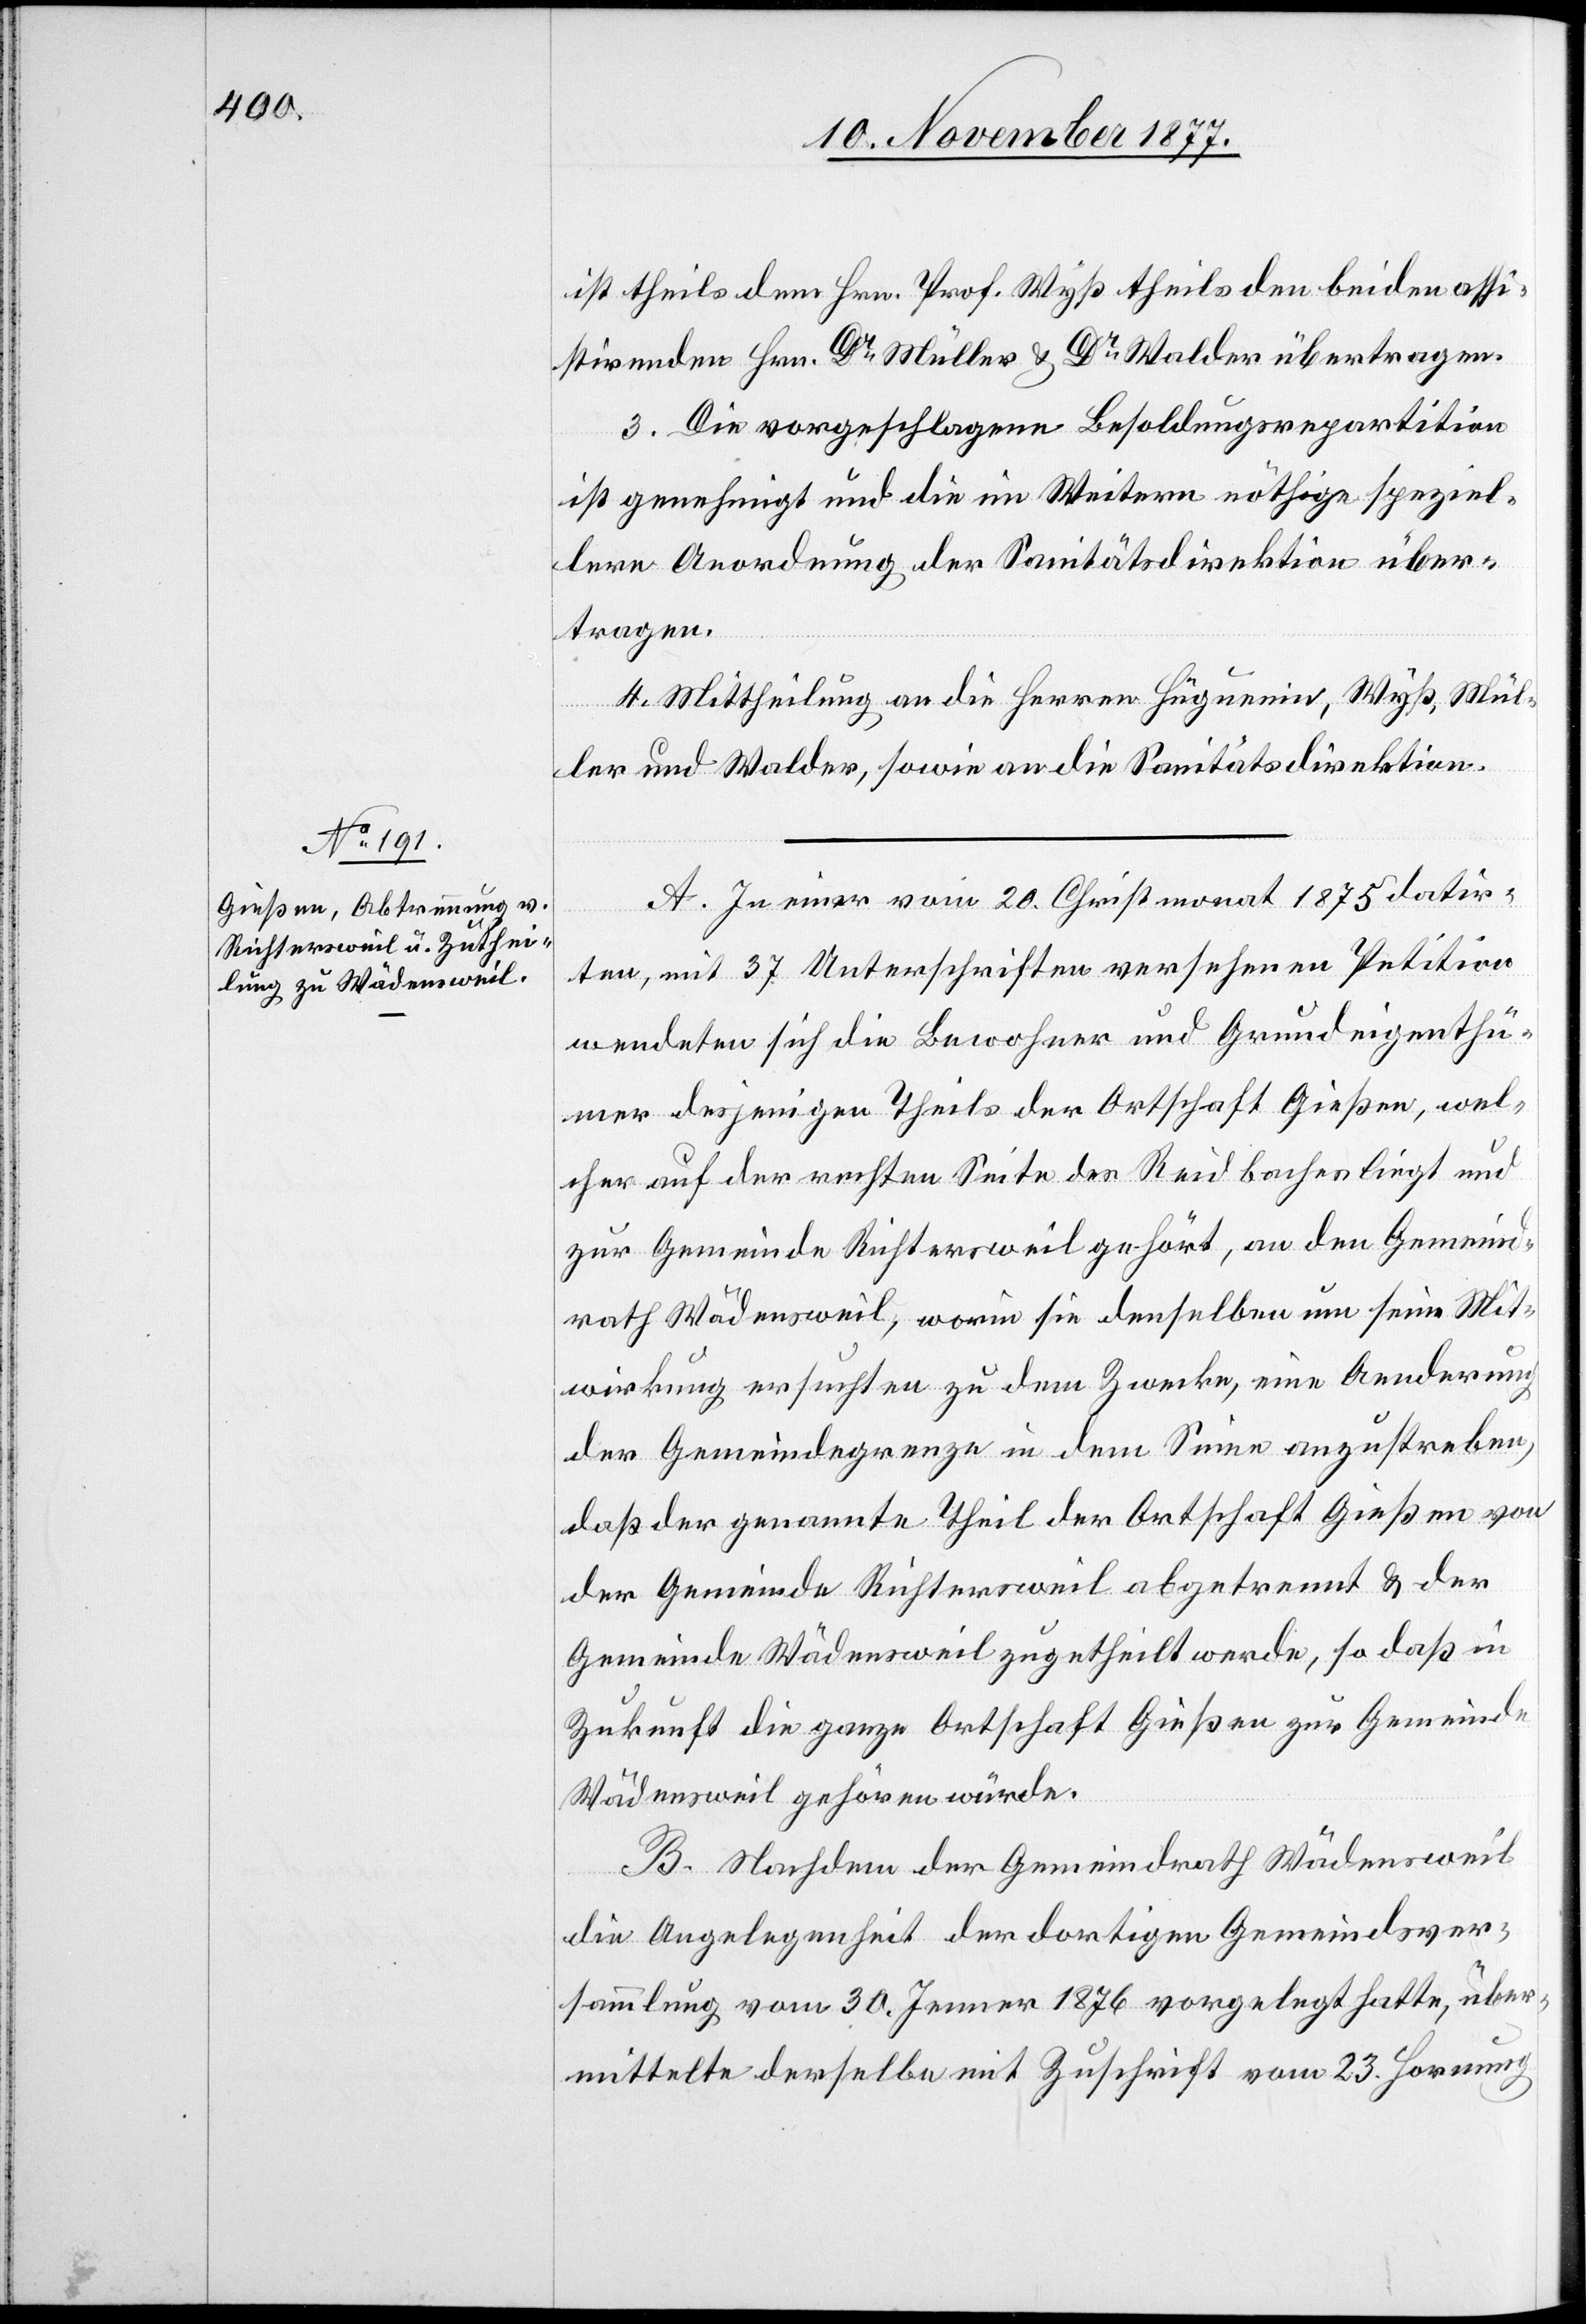
ist theils dem Hrn. Prof. Wyß theils den beiden assi¬
stirenden Hrn. Dr Müller & Dr Walder übertragen.
3. Die vorgeschlagene Besoldungsrepartition
ist genehmigt und die im Weitern nöthige speziel¬
lere Anordnung der Sanitätsdirektion über¬
tragen.
4. Mittheilung an die Herren Hüguenin, Wyß, Mül¬
ler und Walder, sowie an die Sanitätsdirektion.
A. In einer vom 20. Christmonat 1875 datir¬
ten, mit 37 Unterschriften versehenen Petition
wendeten sich die Bewohner und Grundeigenthü¬
mer desjenigen Theils der Ortschaft Gießen, wel¬
cher auf der rechten Seite des Reidbaches liegt und
zur Gemeinde Richtersweil gehört, an den Gemeind¬
rath Wädensweil, worin sie denselben um seine Mit¬
wirkung ersuchten zu dem zwecke, eine Aenderung
der Gemeindegrenze in dem Sinne anzustreben,
daß der genannte Theil der Ortschaft Gießen von
der Gemeinde Richtersweil abgetrennt & der
Gemeinde Wädensweil zugetheilt werde, so daß in
Zukunft die ganze Ortschaft Gießen zur Gemeinde
Wädensweil gehören würde.
B. Nachdem der Gemeindrath Wädensweil
die Angelegenheit der dortigen Gemeindsver¬
sammlung vom 30. Jenner 1876 vorgelegt hatte, über¬
mittelte derselbe mit Zuschrift vom 23. Hornung